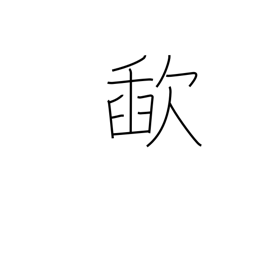
Meaning: slurp